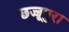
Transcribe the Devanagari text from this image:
छज्जूपुरा